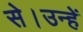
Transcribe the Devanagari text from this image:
से।उन्हें